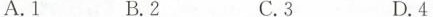
A.1 B.2 C.3 D.4